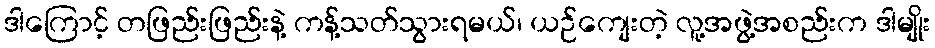
ဒါကြောင့် တဖြည်းဖြည်းနဲ့ ကန့်သတ်သွားရမယ်၊ ယဉ်ကျေးတဲ့ လူ့အဖွဲ့အစည်းက ဒါမျိုး